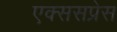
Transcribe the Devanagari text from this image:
एक्ससप्रेस